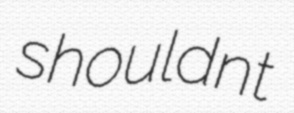
shouldnt